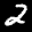
Label: 2